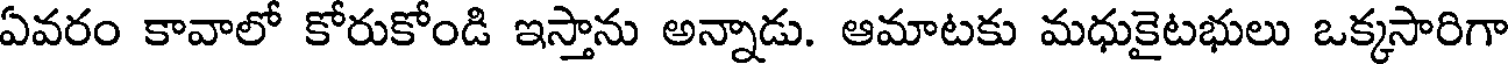
ఏవరం కావాలో కోరుకోండి ఇస్తాను అన్నాడు. ఆమాటకు మధుకైటభులు ఒక్కసారిగా